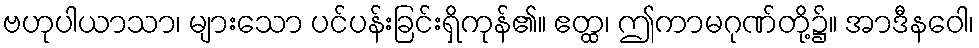
ဗဟုပါယာသာ၊ များသော ပင်ပန်းခြင်းရှိကုန်၏။ ဧတ္ထ၊ ဤကာမဂုဏ်တို့၌။ အာဒီနဝေါ၊